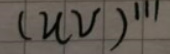
$(uv)'''$